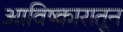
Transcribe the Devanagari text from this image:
आविष्कारातून